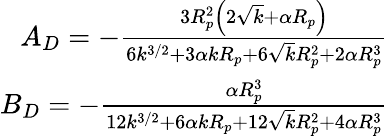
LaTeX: \begin{array}{r}{A_{D}=-\frac{3R_{p}^{2}\left(2\sqrt{k}+\alpha R_{p}\right)}{6k^{3/2}+3\alpha kR_{p}+6\sqrt{k}R_{p}^{2}+2\alpha R_{p}^{3}}}\\ {B_{D}=-\frac{\alpha R_{p}^{3}}{12k^{3/2}+6\alpha kR_{p}+12\sqrt{k}R_{p}^{2}+4\alpha R_{p}^{3}}}\end{array}